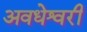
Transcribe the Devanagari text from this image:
अवधेश्वरी